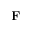
\mathbf { F }